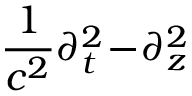
\frac 1 { c ^ { 2 } } \partial _ { t } ^ { 2 } \! - \! \partial _ { z } ^ { 2 }